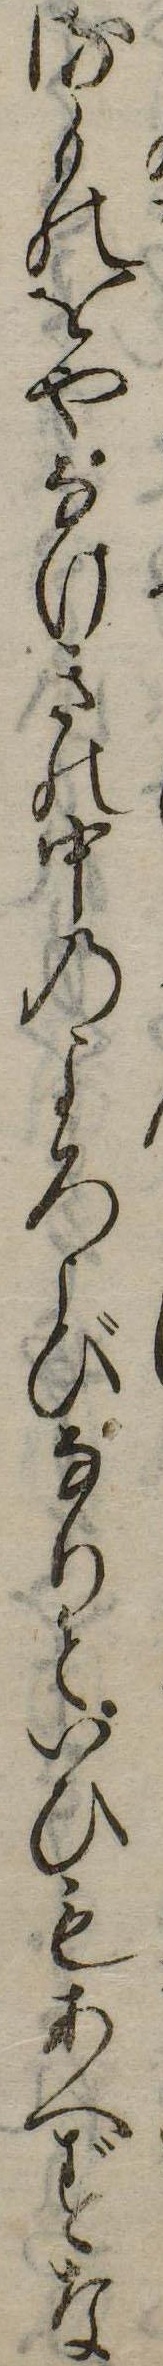
るものをやなけきの中のよろこびなりといひもあへずな